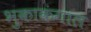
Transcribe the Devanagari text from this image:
भुकाकंगाल